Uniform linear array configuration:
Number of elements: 4
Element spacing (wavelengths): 0.25
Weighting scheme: cosine
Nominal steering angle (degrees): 0
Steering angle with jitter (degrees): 0.4339
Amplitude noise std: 0.05
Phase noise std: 0.05

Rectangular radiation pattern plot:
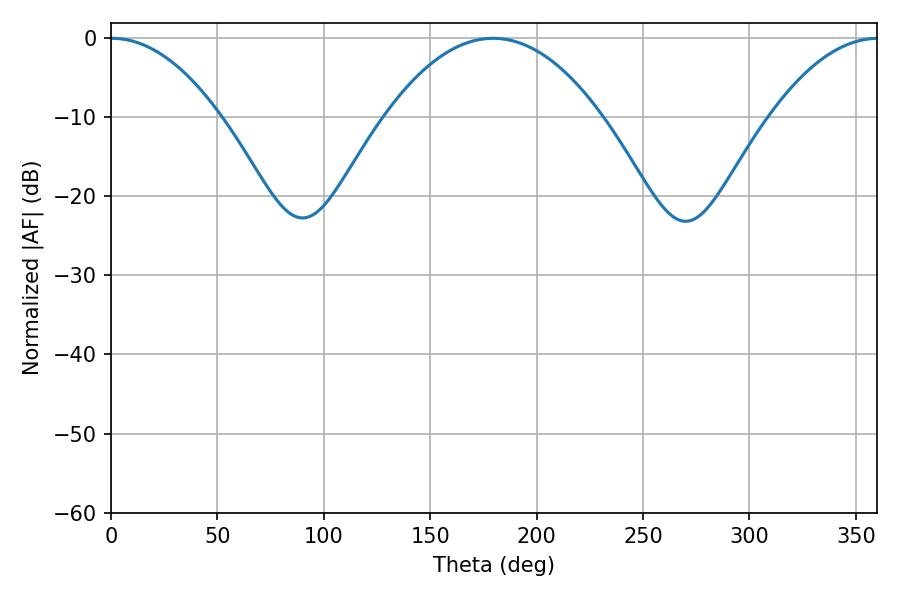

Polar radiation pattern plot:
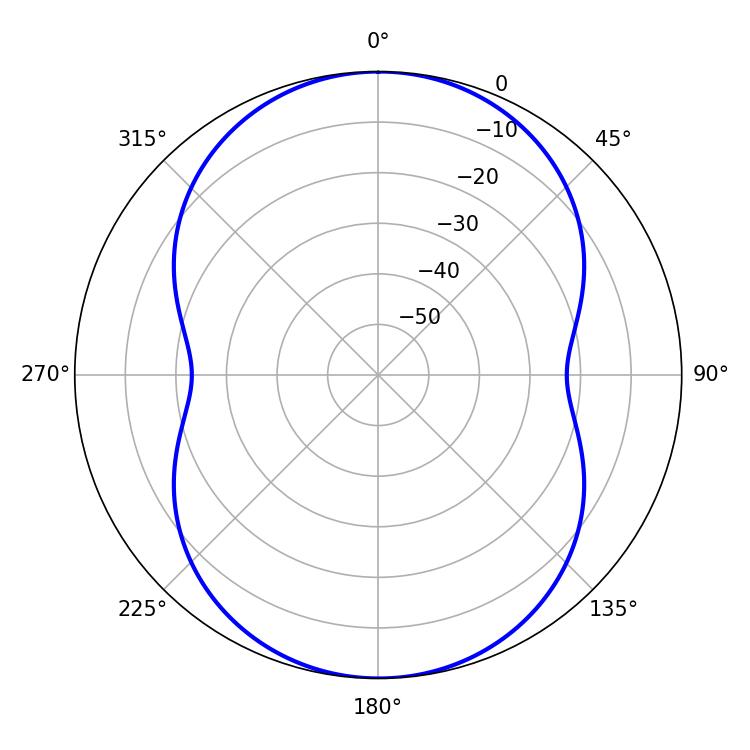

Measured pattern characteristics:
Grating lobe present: FALSE
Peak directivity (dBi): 21.391
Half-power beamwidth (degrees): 28.62
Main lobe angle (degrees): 0.36